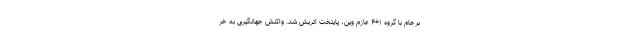
برجام با گروه ۱+۴ عازم وین، پایتخت اتریش شد. واکنش جهانگیری به خر